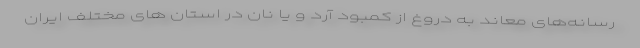
رسانه‌های معاند به دروغ از کمبود آرد و یا نان در استان های مختلف ایران